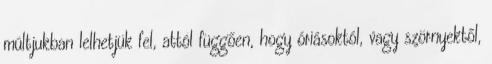
múltjukban lelhetjük fel, attól függően, hogy óriásoktól, vagy szörnyektől,